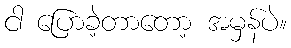
ငါ ပြောခဲ့တာတော့ အမှန်ပဲ။